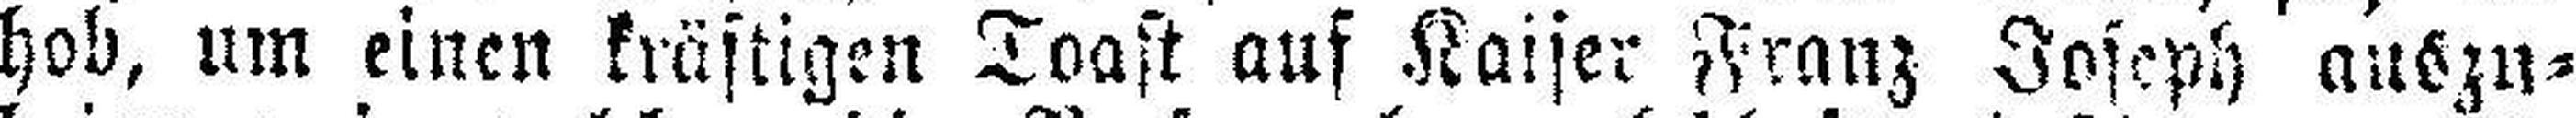
hob, um einen kräftigen Toast auf Kaiser Franz Joseph auszu¬